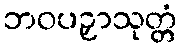
ဘဝပဉှာသုတ္တံ